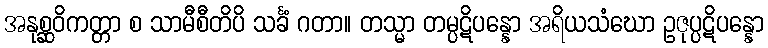
အနုစ္ဆဝိကတ္တာ စ သာမီစီတိပိ သင်္ခံ ဂတာ။ တသ္မာ တမ္ပဋိပန္နော အရိယသံဃော ဥဇုပ္ပဋိပန္နော